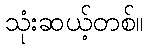
သုံးဆယ့်တစ်။